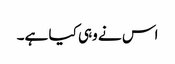
اس نے وہی کیا ہے۔